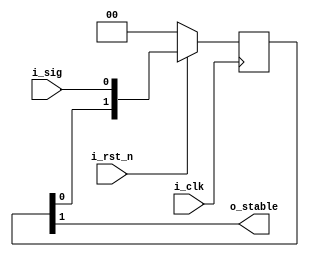
`timescale 1ns / 1ps

///////////////////////////////////////////////////////////////////////////////
// Module Name:     Sync
// Description:     Simple input synchronizer
///////////////////////////////////////////////////////////////////////////////

module sync
    (
        input   i_clk,
        input   i_rst_n,
        input   i_sig,
        output  o_stable
    );

    reg [1:0] r_buffer;

    always @(posedge i_clk) begin
        if (~i_rst_n)
            r_buffer <= 'h0;
        else
            r_buffer <= {r_buffer[0], i_sig};
    end

    assign o_stable = r_buffer[1];
endmodule